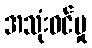
အသုံးဝင်မှု